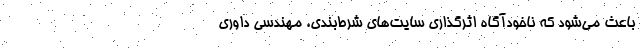
باعث می‌شود که ناخودآگاه اثرگذاری سایت‌های شرط‌بندی، مهندسی داوری